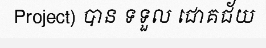
Project) បាន ទទួល ជោគជ័យ